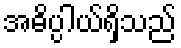
အဓိပ္ပါယ်ရှိသည်